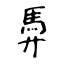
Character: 馵